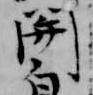
開